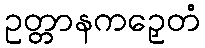
ဥတ္တာနကဉှေတံ